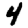
Digit: 4